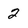
Character: 2